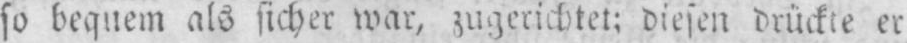
so bequem als sicher war, zugerichtet: diesen drückte er